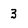
Character: 3